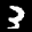
Label: 3